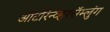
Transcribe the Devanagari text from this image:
ऑटोरेन्व्हरसॅम्लुंग